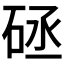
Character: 𥒡